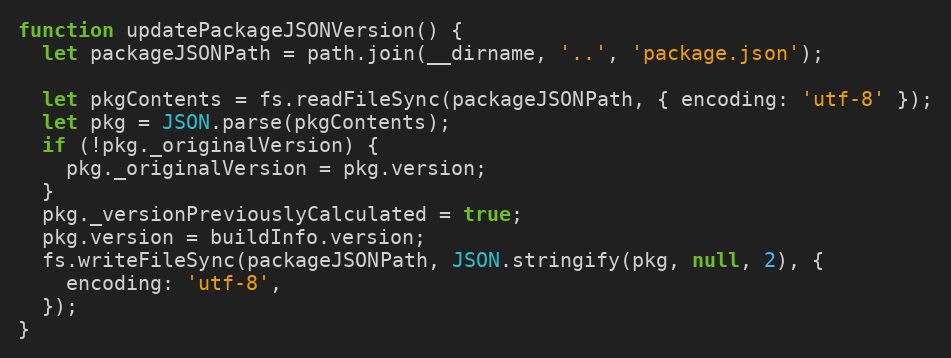
Language: JavaScript
function updatePackageJSONVersion() {
  let packageJSONPath = path.join(__dirname, '..', 'package.json');

  let pkgContents = fs.readFileSync(packageJSONPath, { encoding: 'utf-8' });
  let pkg = JSON.parse(pkgContents);
  if (!pkg._originalVersion) {
    pkg._originalVersion = pkg.version;
  }
  pkg._versionPreviouslyCalculated = true;
  pkg.version = buildInfo.version;
  fs.writeFileSync(packageJSONPath, JSON.stringify(pkg, null, 2), {
    encoding: 'utf-8',
  });
}